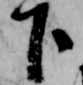
下